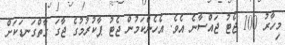
މިހާރު 100 ޖެޓު ޖައްސާނެ އެވެ. އެހެންކަމުން ޖެޓު ޕާކުރުމުގެ ޖާގަ ގާތްގަނޑަކަށް